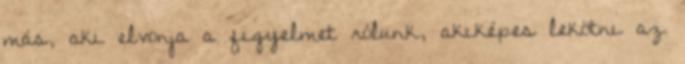
más, aki elvonja a ﬁgyelmet rólunk, akiképes lekötni az